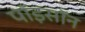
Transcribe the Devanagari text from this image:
पॉइसॉन